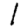
Digit: 1